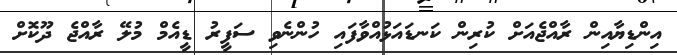
އިންޑިޔާއިން ރާއްޖެއަށް ކުރިން ކަނޑައަޅުއްވާފައި ހުންނެވި ސަފީރު ޑީއެމް މުލޭ ރާއްޖެ ދޫކޮށް